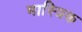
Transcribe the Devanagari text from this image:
मास्त्रिक